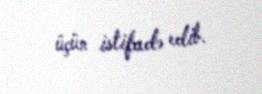
üçün istifadə edib.